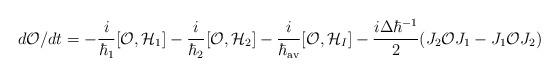
LaTeX: \begin{align*}d{\cal O}/dt =-{i\over \hbar_{1}}[{\cal O}, {\cal H}_{1}]-{i\over \hbar_{2}}[{\cal O},{\cal H}_{2}]-{i\over \hbar_{\rm av}}[{\cal O}, {\cal H}_{I}]-{{i\Delta\hbar^{-1}} \over 2}(J_{2}{\cal O} J_{1} - J_{1}{\cal O}J_{2})\end{align*}